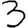
Digit: 3